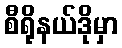
စီရိုနယ်ဒိုမှာ